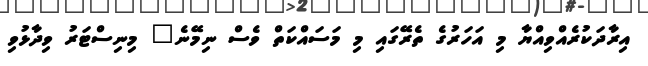
އިރާދަކުރެއްވިއްޔާ މި އަހަރުގެ ތެރޭގައި މި މަސައްކަތް ވެސް ނިމޭނެ" މިނިސްޓަރު ވިދާޅުވި